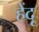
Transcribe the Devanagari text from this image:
हेंदू